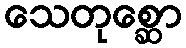
သေတုစ္ဆော